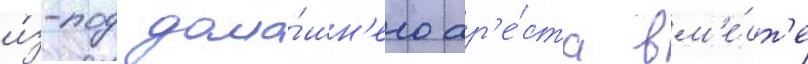
и́з-под дома́шн'его ар'е́ста вм'е́ст'е